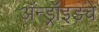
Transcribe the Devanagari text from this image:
ॲन्ड्रॉइडचे